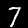
Digit: 7